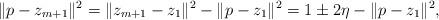
\begin{align*}\|p - z_{m+1}\|^2 = \|z_{m+1} - z_1\|^2 - \|p - z_1\|^2 = 1 \pm 2 \eta - \|p - z_1\|^2,\end{align*}